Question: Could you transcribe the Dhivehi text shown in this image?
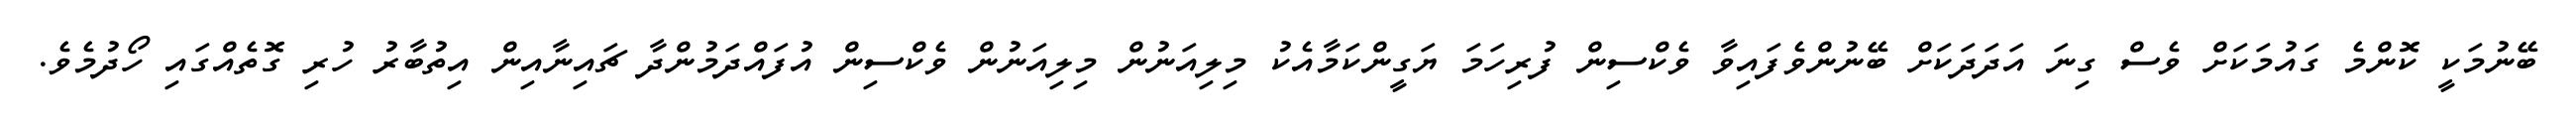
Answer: ބޭނުމަކީ ކޮންމެ ގައުމަކަށް ވެސް ގިނަ އަދަދަކަށް ބޭނުންވެފައިވާ ވެކްސިން ފުރިހަމަ ޔަގީންކަމާއެކު މިލިއަނުން މިލިއަނުން ވެކްސިން އުފައްދަމުންދާ ޗައިނާއިން އިތުބާރު ހުރި ގޮތެއްގައި ހޯދުމެވެ.